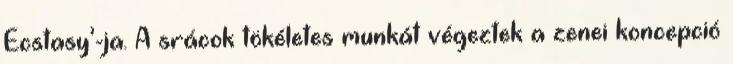
Ecstasy’-ja. A srácok tökéletes munkát végeztek a zenei koncepció